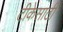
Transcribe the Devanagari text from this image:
टीकेसाठी